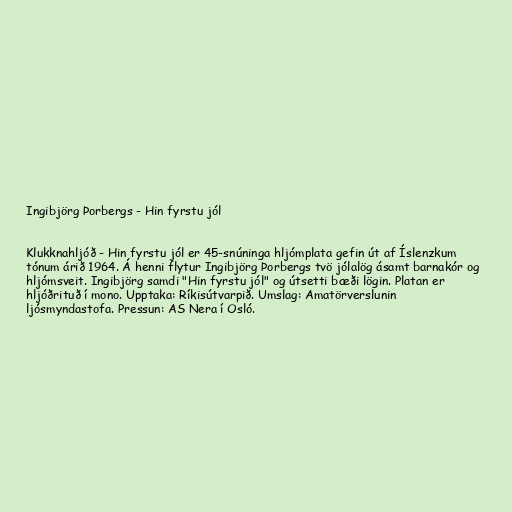
Ingibjörg Þorbergs - Hin fyrstu jól

Klukknahljóð - Hin fyrstu jól er 45-snúninga hljómplata gefin út af Íslenzkum
tónum árið 1964. Á henni flytur Ingibjörg Þorbergs tvö jólalög ásamt barnakór og
hljómsveit. Ingibjörg samdi "Hin fyrstu jól" og útsetti bæði lögin. Platan er
hljóðrituð í mono. Upptaka: Ríkisútvarpið. Umslag: Amatörverslunin
ljósmyndastofa. Pressun: AS Nera í Osló.